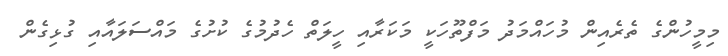
މިމީހުންގެ ތެރެއިން މުހައްމަދު މަފްތޫހަކީ މަކަރާއި ހީލަތް ހެދުމުގެ ކުށުގެ މައްސަލައާއި ގުޅިގެން